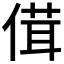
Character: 傇